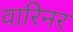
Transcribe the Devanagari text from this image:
वारिनर